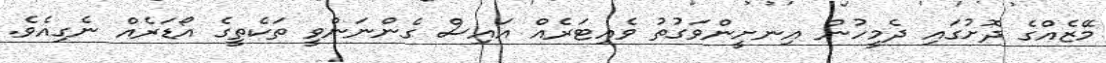
މޭޒެއްގެ ދޮށުގައި ދެމީހުން އިނށީންވަގުތު ވެއިޓަރެއް އައިސް ގެންނަންވީ ތަކެތީގެ އޯޑަރެއް ނެގިއެވެ.